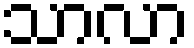
သာလာ